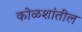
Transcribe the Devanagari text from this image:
कोळशांतील